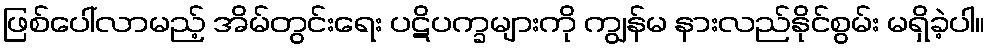
ဖြစ်ပေါ်လာမည့် အိမ်တွင်းရေး ပဋိပက္ခများကို ကျွန်မ နားလည်နိုင်စွမ်း မရှိခဲ့ပါ။